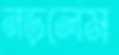
নড়লেম